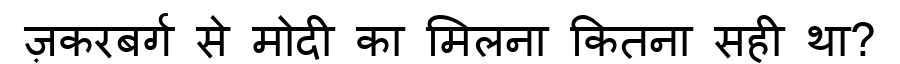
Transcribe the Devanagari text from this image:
ज़करबर्ग से मोदी का मिलना कितना सही था?